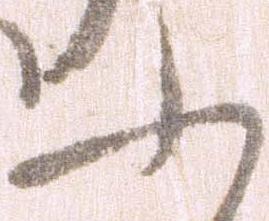
ふ